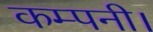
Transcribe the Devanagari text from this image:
कम्पनी।